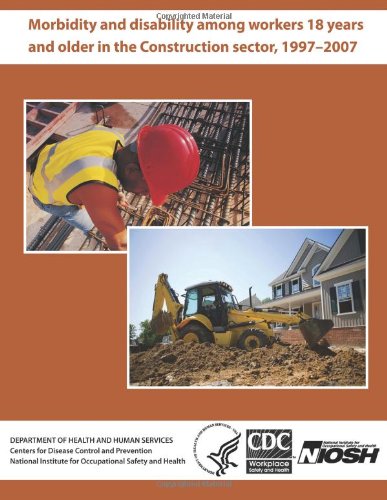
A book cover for Morbidity and Disability Among Workers 18 Years and Older in the Construction Sector, 1997?2007; Dr. David J. Lee; Health, Fitness & Dieting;